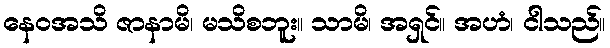
နေဝအသိ ဇာနာမိ၊ မသိစဘူး။ သာမိ၊ အရှင်။ အဟံ၊ ငါသည်။